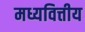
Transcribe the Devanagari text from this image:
मध्यवित्तीय